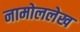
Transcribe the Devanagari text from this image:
नामोललेख